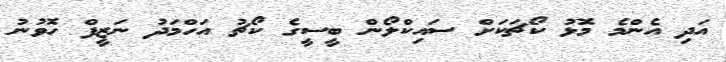
އަދި އެންމެ މޮޅު ކޯޗަކަށް ސައިކްލޯން ބީސީގެ ކޯޗު އަހްމަދު ނަޒީފް ހޮވުނު